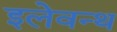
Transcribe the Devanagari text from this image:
इलेवन्थ